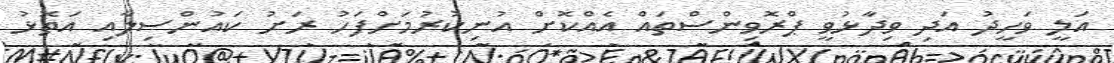
އަލީ ވަހީދު އަދި ވިދާޅުވީ ޕްރޮވިންސްތައް އެއްކޮށް އުނިކުރުމަށްފަހު ރަށު ކައުންސިލާއި އަތޮޅު